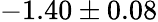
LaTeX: -1.40\pm 0.08